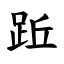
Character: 䟬